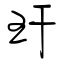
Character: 玕